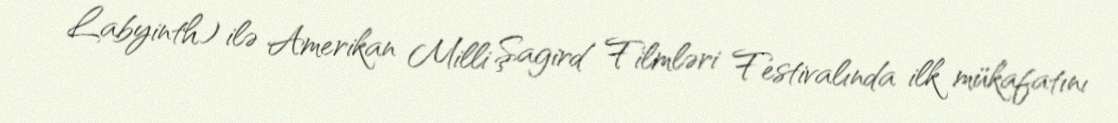
Labyinth) ilə Amerikan Milli Şagird Filmləri Festivalında ilk mükafatını